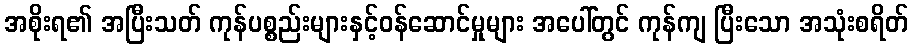
အစိုးရ၏ အပြီးသတ် ကုန်ပစ္စည်းများနှင့်ဝန်ဆောင်မှုများ အပေါ်တွင် ကုန်ကျ ပြီးသော အသုံးစရိတ်